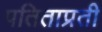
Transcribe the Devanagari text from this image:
पतिताप्रती